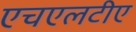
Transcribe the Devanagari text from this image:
एचएलटीए